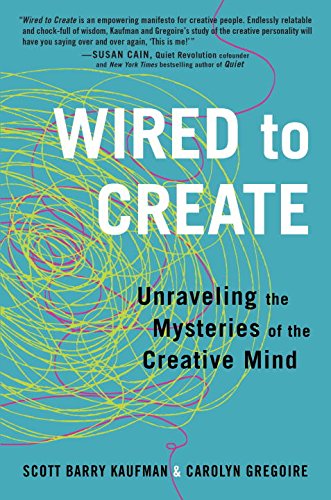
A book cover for Wired to Create: Unraveling the Mysteries of the Creative Mind; Scott Barry Kaufman; Health, Fitness & Dieting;